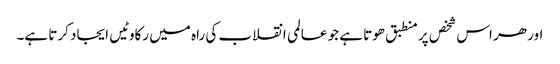
اور ھر اس شخص پر منطبق ھوتا ہے جو عالمی انقلاب کی راہ میں رکاوٹیں ایجاد کرتا ہے۔